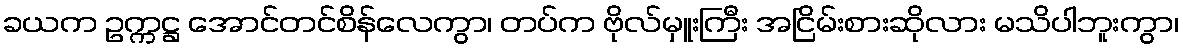
ခယက ဥက္ကဋ္ဌ အောင်တင်စိန်လေကွာ၊ တပ်က ဗိုလ်မှူးကြီး အငြိမ်းစားဆိုလား မသိပါဘူးကွာ၊